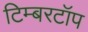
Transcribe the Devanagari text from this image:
टिम्बरटॉप